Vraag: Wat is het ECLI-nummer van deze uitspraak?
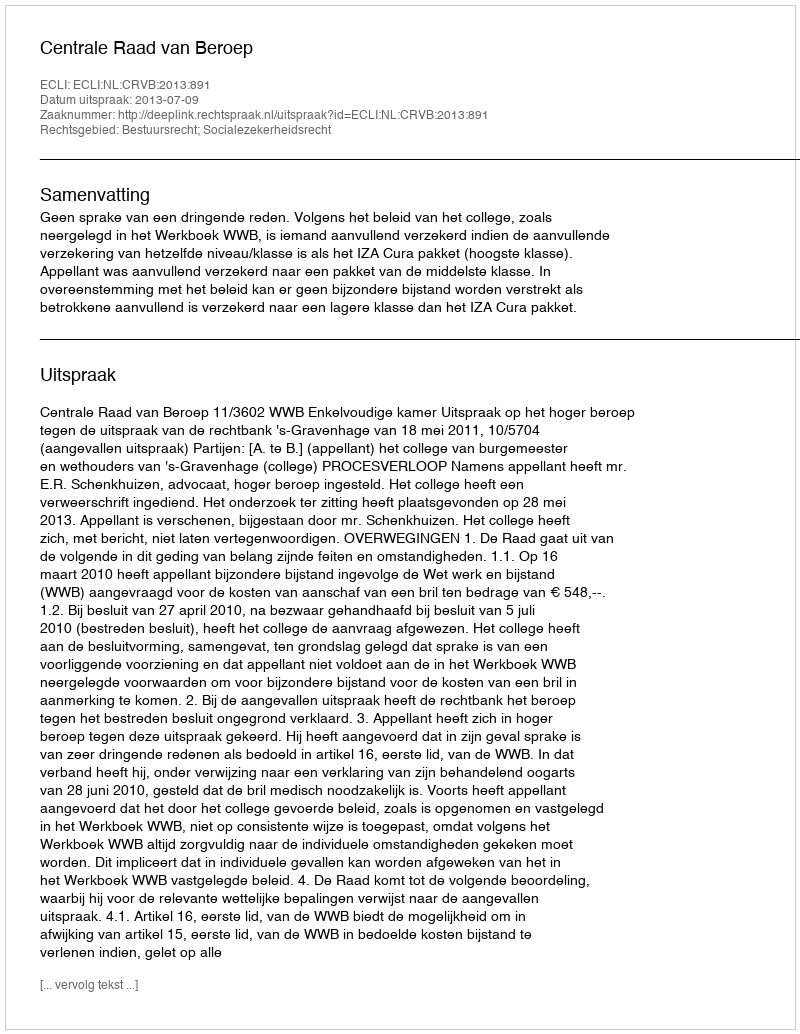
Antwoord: ECLI:NL:CRVB:2013:891